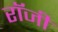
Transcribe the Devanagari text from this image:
राॅजी